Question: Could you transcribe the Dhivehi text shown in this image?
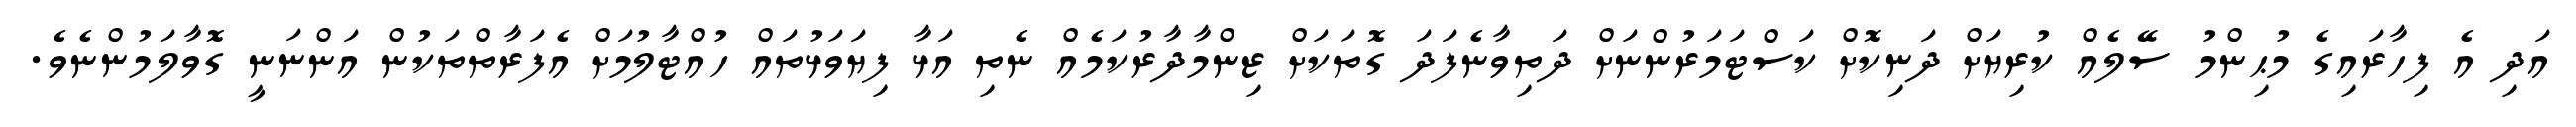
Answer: އަދި އެ ފިހާރައިގެ މުޙިންމު ސޭލެއް ކުރިޔަށް ދަނިކޮށް ކަސްޓަމަރުންނަށް ދަތިވާނެފަދަ ގޮތަކަށް ޒިންމާދާރުކަމެއް ނެތި އަޅާ ފިޔަވަޅުތައް ހުއްޓާލުމަށް އެފަރާތްތަކުން އަންނަނީ ގޮވާލަމުންނެވެ.